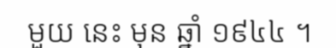
មួយ នេះ មុន ឆ្នាំ ១៩៤៤ ។